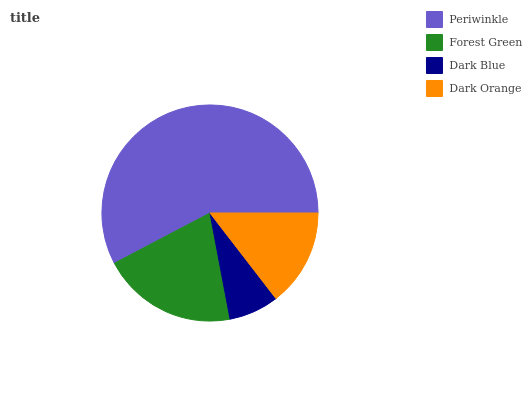
| Periwinkle | Forest Green | Dark Blue | Dark Orange |
 | --- | --- | --- | --- |
 | 57.8% | 20.2% | 7.48% | 14.5% |